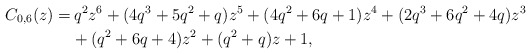
\begin{align*} C_{0,6}(z) = & \,q^2 z^6+(4 q^3+5 q^2+q) z^5+(4 q^2+6 q+1) z^4+(2 q^3+6 q^2+4 q) z^3\\ & +(q^2+6 q+4) z^2+(q^2+q) z+1,\end{align*}